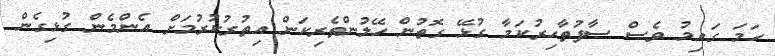
ހަމަ ގައިމު ވެސް ސާފުތާހިރުކަމާ ގުޅޭ ގޮތުން ހޭލުންތެރިކަން އިތުރުކުރުމަށް އެންމެން ގުޅިގެން